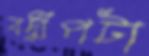
বদ্বীপটা